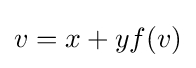
v=x+yf(v)